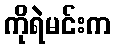
ကိုရဲမင်းက